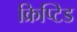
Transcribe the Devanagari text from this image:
क्रिप्टिड